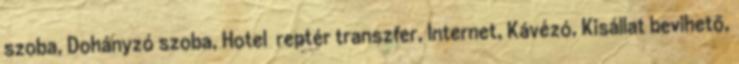
szoba, Dohányzó szoba, Hotel reptér transzfer, Internet, Kávézó, Kisállat bevihető,